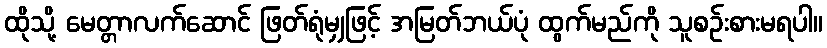
ထိုသို့ မေတ္တာလက်ဆောင် ဖြတ်ရုံမျှဖြင့် အမြတ်ဘယ်ပုံ ထွက်မည်ကို သူစဉ်းစားမရပါ။